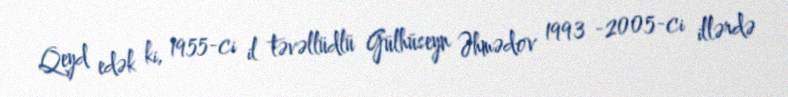
Qeyd edək ki, 1955-ci il təvəllüdlü Gülhüseyn Əhmədov 1993 -2005-ci illərdə